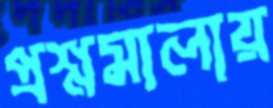
প্রশ্নমালায়